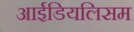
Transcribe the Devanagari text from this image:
आईडियलिसम